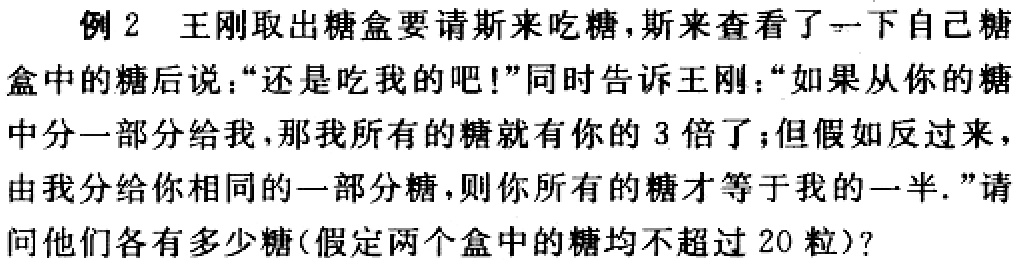
例2 王刚取出糖盒要请斯来吃糖，斯来查看了一下自己糖盒中的糖后说：“还是吃我的吧！”同时告诉王刚：“如果从你的糖中分一部分给我，那我所有的糖就有你的3倍了；但假如反过来，由我分给你相同的一部分糖，则你所有的糖才等于我的一半.”请问他们各有多少糖(假定两个盒中的糖均不超过20粒)？